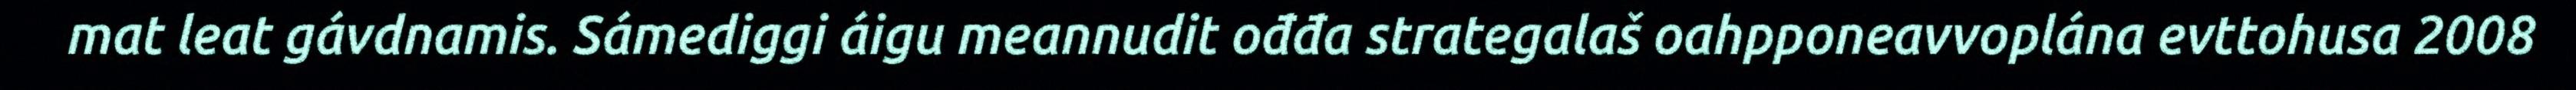
mat leat gávdnamis. Sámediggi áigu meannudit ođđa strategalaš oahpponeavvoplána evttohusa 2008